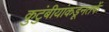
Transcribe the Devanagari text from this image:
कुटुंबीयांकडूनतर्फे